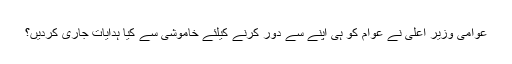
عوامی وزیر اعلیٰ نے عوام کو ہی اپنے سے دور کرنے کیلئے خاموشی سے کیا ہدایات جاری کردیں؟